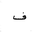
Letter: _fa